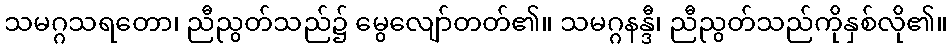
သမဂ္ဂသရတော၊ ညီညွတ်သည်၌ မွေလျော်တတ်၏။ သမဂ္ဂနန္ဒီ၊ ညီညွတ်သည်ကိုနှစ်လို၏။